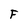
Character: F